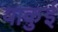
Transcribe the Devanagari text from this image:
याकुई